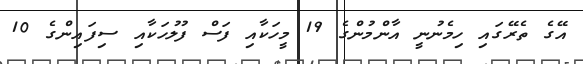
އޭގެ ތެރޭގައި ހިމެނުނީ އާންމުންގެ 19 މީހަކާއި ފަސް ފުލުހަކާއި ސިފައިންގެ 10